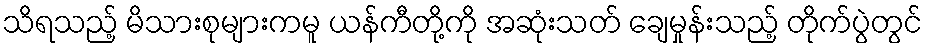
သိရသည့် မိသားစုများကမူ ယန်ကီတို့ကို အဆုံးသတ် ချေမှုန်းသည့် တိုက်ပွဲတွင်